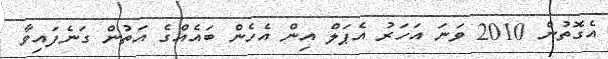
އެގޮތުން 2010 ވަނަ އަހަރު އެޕަލް އިން އެހެން ބައެއްގެ އަތުން ގަނެފައިވާ